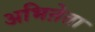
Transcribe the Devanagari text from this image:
अभिऩेता